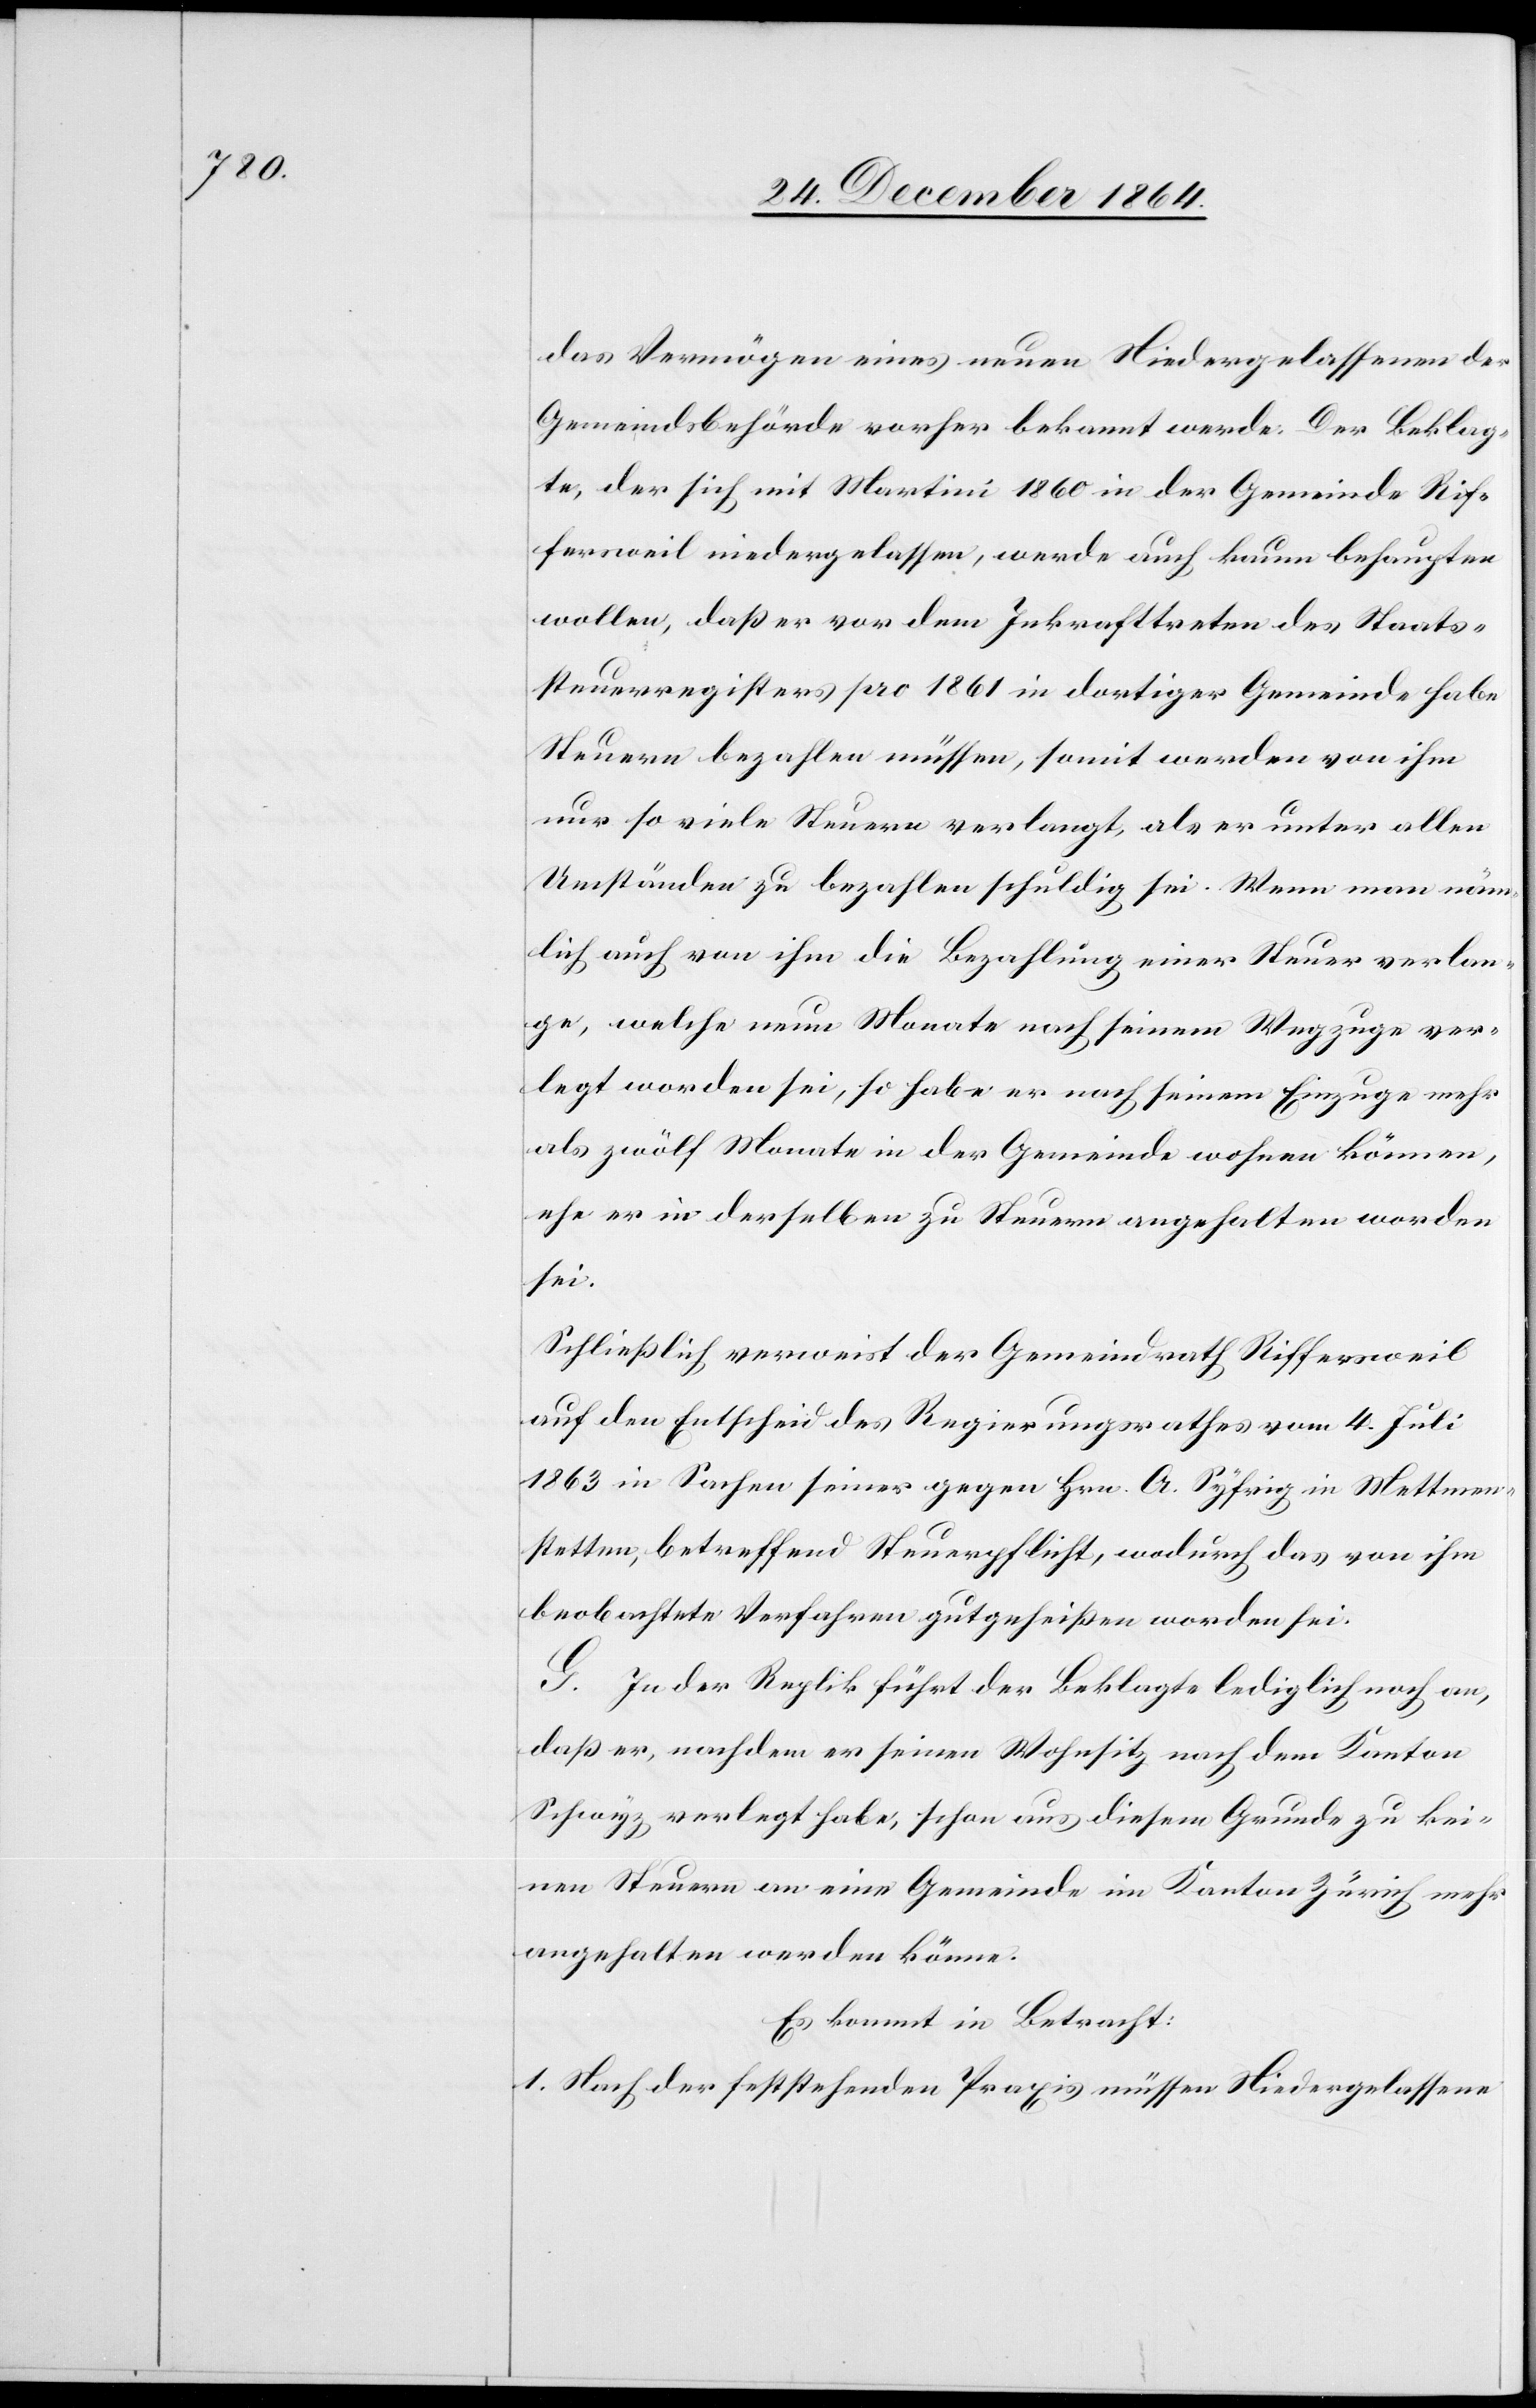
das Vermögen eines neuen Niedergelassenen der
Gemeindsbehörde vorher bekannt werde. Der Beklag¬
te, der sich mit Martini 1860 in der Gemeinde Rif¬
fersweil niedergelassen, werde auch kaum behaupten
wollen, daß er vor dem Inkrafttreten des Staats¬
steuerregisters pro 1861 in dortiger Gemeinde habe
Steuern bezahlen müssen, somit werden von ihm
nur so viele Steuern verlangt, als er unter allen
Umständen zu bezahlen schuldig sei. Wenn man näm¬
lich auch von ihm die Bezahlung einer Steuer verlan¬
ge, welche neun Monate nach seinem Wegzuge ver¬
legt worden sei, so habe er nach seinem Einzuge mehr
als zwölf Monate in der Gemeinde wohnen können,
ehe er in derselben zu Steuern angehalten worden
sei.
Schließlich verweist der Gemeindrath Riffersweil
auf den Entscheid des Regierungsrathes vom 4. Juli
1863 in Sachen seiner gegen Hrn. A. Syfrig in Mettmen¬
stetten, betreffend Steuerpflicht, wodurch das von ihm
beobachtete Verfahren gutgeheißen worden sei.
G. In der Replik führt der Beklagte lediglich noch an,
daß er, nachdem er seinen Wohnsitz nach dem Kanton
Schwyz verlegt habe, schon aus diesem Grunde zu kei¬
nen Steuern an eine Gemeinde im Kanton Zürich mehr
angehalten werden könne.
Es kommt in Betracht:
1. Nach der feststehenden Praxis müssen Niedergelassene